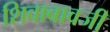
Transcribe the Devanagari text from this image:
शिवाबावजी